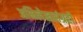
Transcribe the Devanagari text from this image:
अभिलेखसंग्रहों